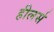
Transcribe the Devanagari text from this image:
हीलर्स